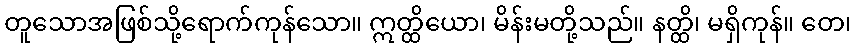
တူသောအဖြစ်သို့ရောက်ကုန်သော။ ဣတ္ထိယော၊ မိန်းမတို့သည်။ နတ္ထိ၊ မရှိကုန်။ တေ၊